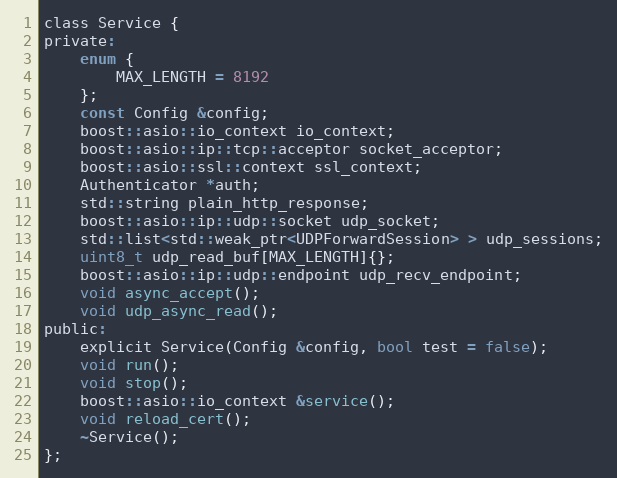
Language: C
class Service {
private:
    enum {
        MAX_LENGTH = 8192
    };
    const Config &config;
    boost::asio::io_context io_context;
    boost::asio::ip::tcp::acceptor socket_acceptor;
    boost::asio::ssl::context ssl_context;
    Authenticator *auth;
    std::string plain_http_response;
    boost::asio::ip::udp::socket udp_socket;
    std::list<std::weak_ptr<UDPForwardSession> > udp_sessions;
    uint8_t udp_read_buf[MAX_LENGTH]{};
    boost::asio::ip::udp::endpoint udp_recv_endpoint;
    void async_accept();
    void udp_async_read();
public:
    explicit Service(Config &config, bool test = false);
    void run();
    void stop();
    boost::asio::io_context &service();
    void reload_cert();
    ~Service();
};